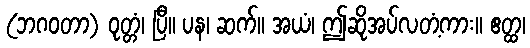
(ဘဂဝတာ) ဝုတ္တံ၊ ပြီ။ ပန၊ ဆက်။ အယံ၊ ဤဆိုအပ်လတံ့ကား။ ဧတ္ထ၊